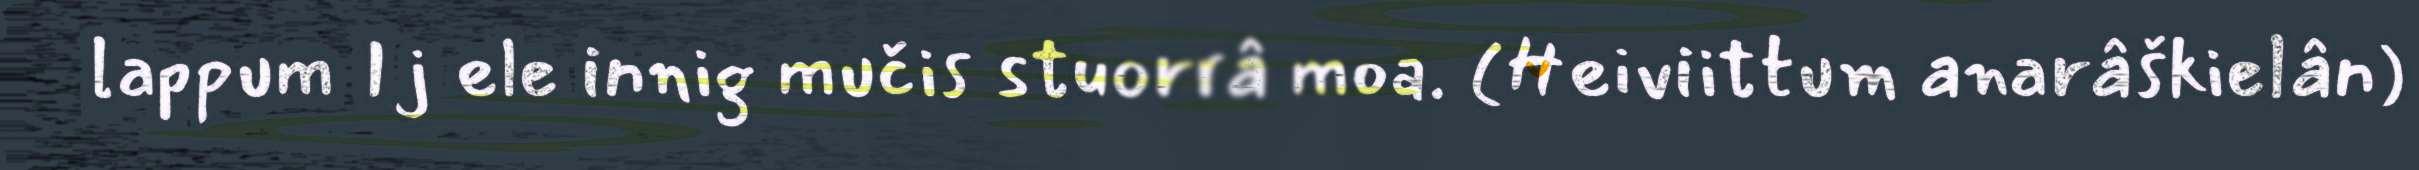
lappum Ij ele innig mučis stuorrâ moa. (Heiviittum anarâškielân)